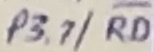
Text: P3.7/RD